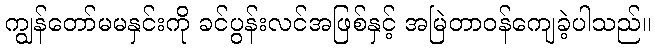
ကျွန်တော်မမနှင်းကို ခင်ပွန်းလင်အဖြစ်နှင့် အမြဲတာဝန်ကျေခဲ့ပါသည်။